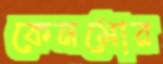
কেনমোর